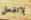
لاتفعل